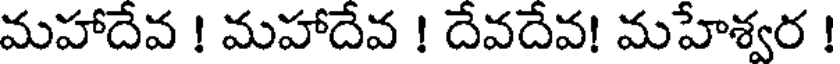
మహాదేవ ! మహాదేవ ! దేవదేవ! మహేశ్వర !